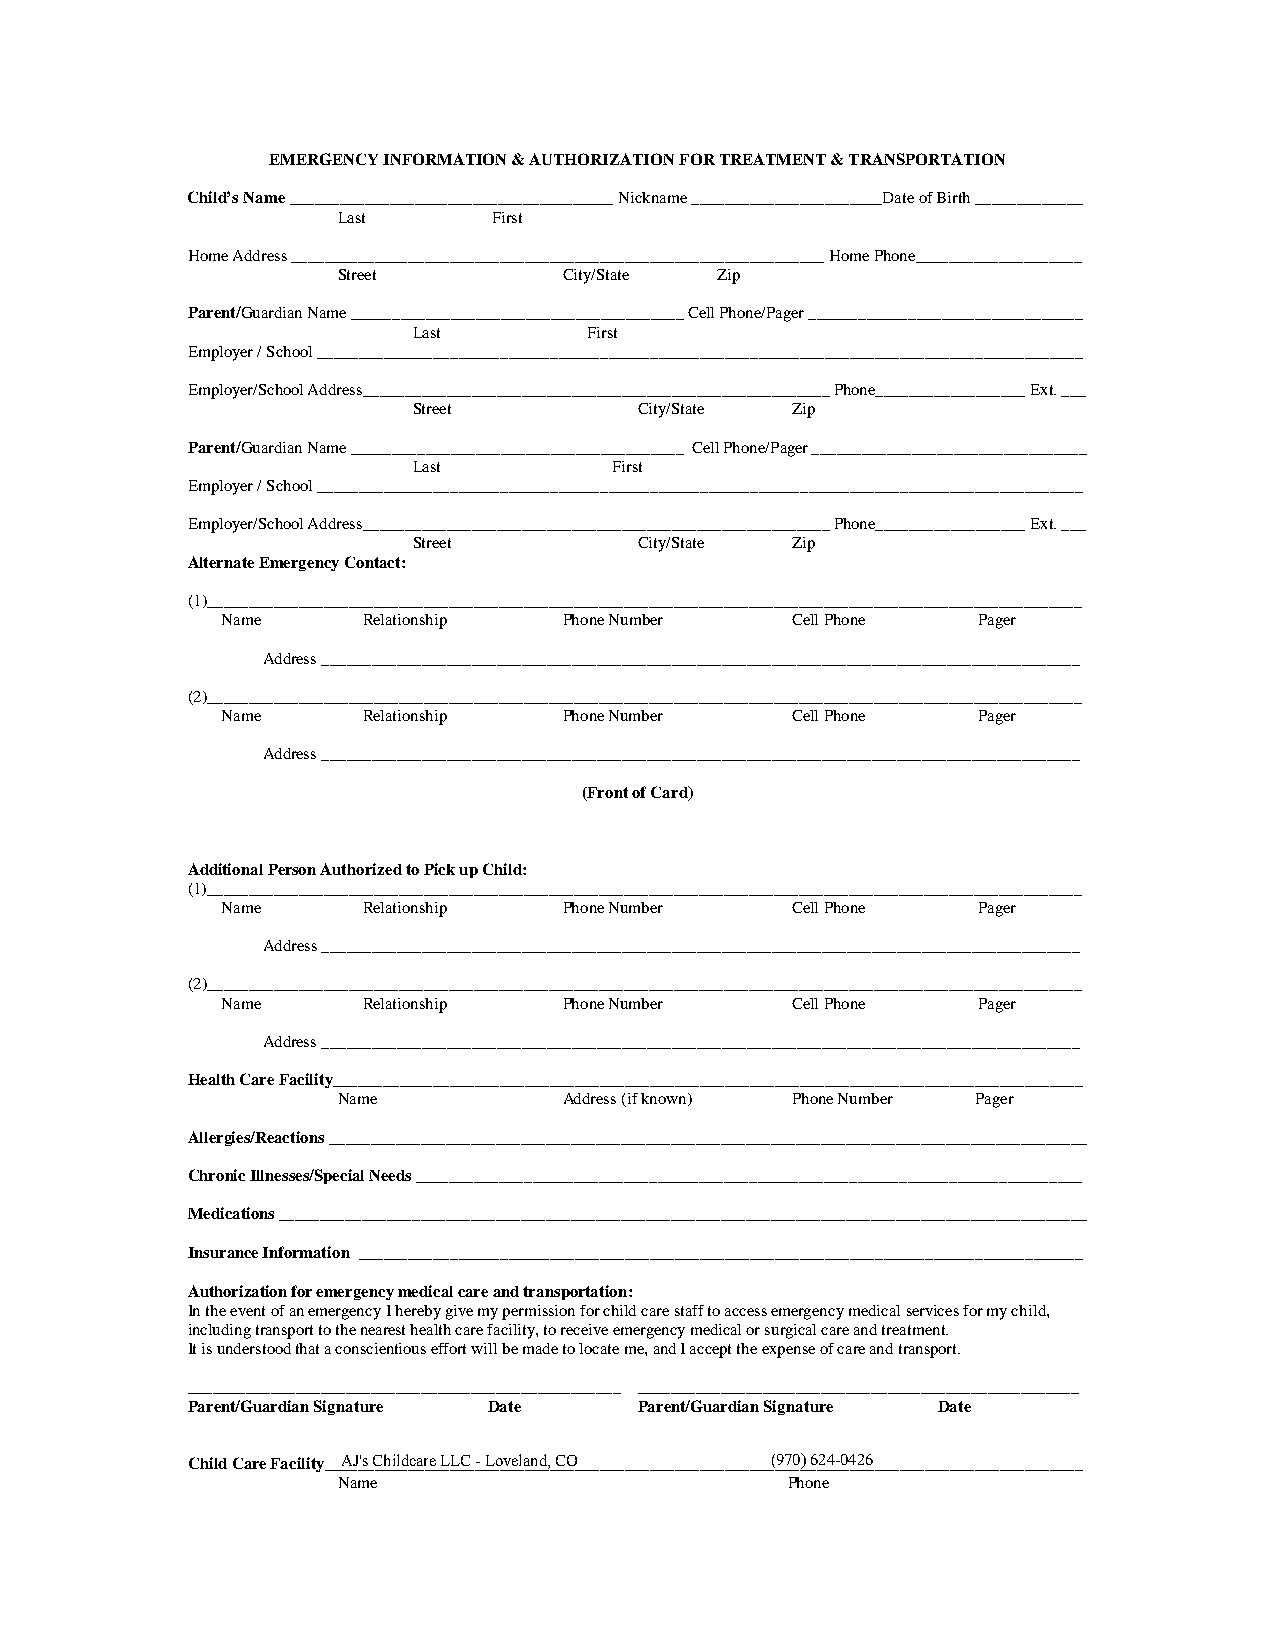
EMERGENCY INFORMATION & AUTHORIZATION FOR TREATMENT & TRANSPORTATION
 Child’s Name _______________________________________ Nickname _______________________Date of Birth _____________
 Last       First
 Home Address ________________________________________________________________ Home Phone____________________
 Street         City/State Zip
 Parent/Guardian Name ________________________________________ Cell Phone/Pager _________________________________
 Last        First
 Employer / School ____________________________________________________________________________________________
 Employer/School Address________________________________________________________ Phone__________________ Ext. ___
 Street         City/State Zip
 Parent/Guardian Name ________________________________________ Cell Phone/Pager _________________________________
 Last          First
 Employer / School ____________________________________________________________________________________________
 Employer/School Address________________________________________________________ Phone__________________ Ext. ___
 Street         City/State Zip
 Alternate Emergency Contact:
 (1)_________________________________________________________________________________________________________
 Name     Relationship Phone Number   Cell Phone   Pager
 Address ___________________________________________________________________________________________
 (2)_________________________________________________________________________________________________________
 Name     Relationship Phone Number   Cell Phone   Pager
 Address ___________________________________________________________________________________________
 (Front of Card)
 Additional Person Authorized to Pick up Child:
 (1)_________________________________________________________________________________________________________
 Name     Relationship Phone Number   Cell Phone   Pager
 Address ___________________________________________________________________________________________
 (2)_________________________________________________________________________________________________________
 Name     Relationship Phone Number   Cell Phone   Pager
 Address ___________________________________________________________________________________________
 Health Care Facility__________________________________________________________________________________________
 Name           Address (if known) Phone Number Pager
 Allergies/Reactions ___________________________________________________________________________________________
 Chronic Illnesses/Special Needs ________________________________________________________________________________
 Medications _________________________________________________________________________________________________
 Insurance Information _______________________________________________________________________________________
 Authorization for emergency medical care and transportation:
 In the event of an emergency I hereby give my permission for child care staff to access emergency medical services for my child,
 including transport to the nearest health care facility, to receive emergency medical or surgical care and treatment.
 It is understood that a conscientious effort will be made to locate me, and I accept the expense of care and transport.
 ____________________________________________________ _____________________________________________________
 Parent/Guardian Signature Date Parent/Guardian Signature Date
 Child Care Facility__A__J_'s_ C__h_il_d_ca_r_e_ L__L_C_ _- _L_o_v_e_la_n_d_,_ C_O__ _______________________(_9_7_0_) _6_2_4_-0_4_2_6__________________________
 Name                          Phone